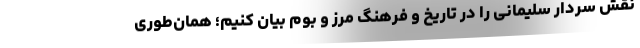
نقش سردار سلیمانی را در تاریخ و فرهنگ مرز و بوم بیان کنیم؛ همان‌طوری